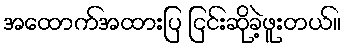
အထောက်အထားပြ ငြင်းဆိုခဲ့ဖူးတယ်။